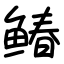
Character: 䲠